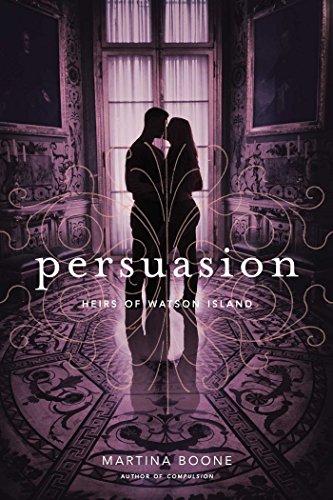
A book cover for Persuasion (Heirs of Watson Island); Martina Boone; Teen & Young Adult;